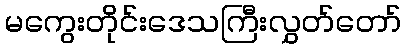
မကွေးတိုင်းဒေသကြီးလွှတ်တော်